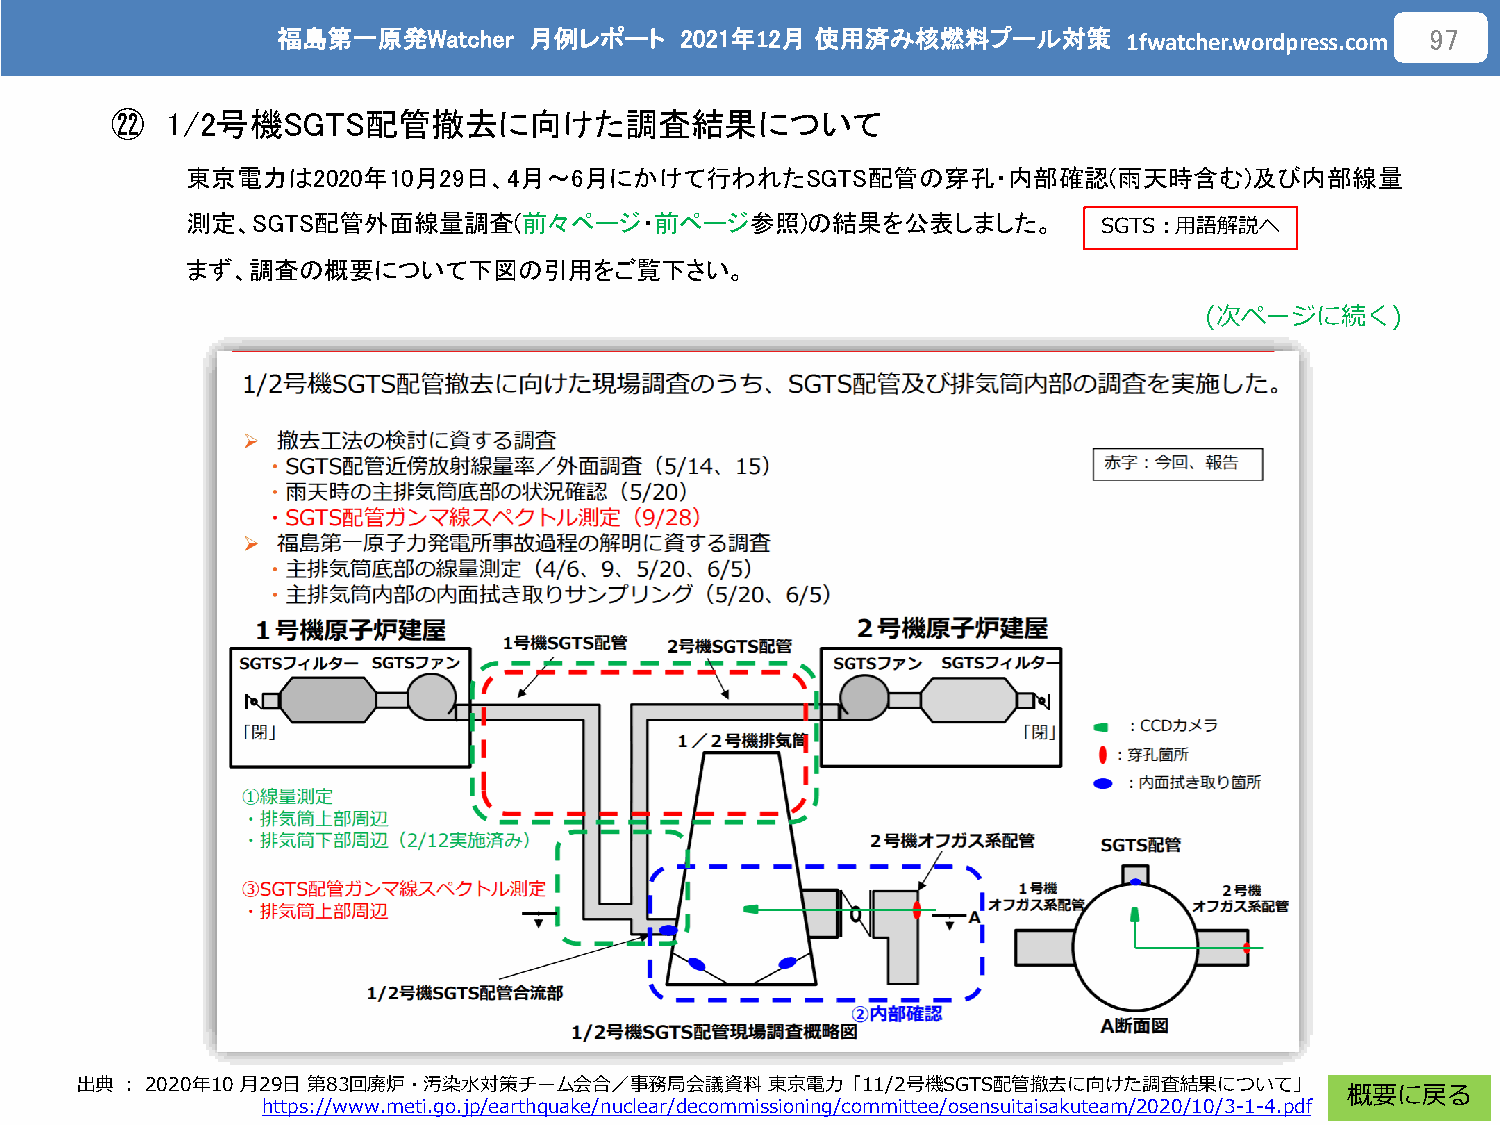
福島第一原発Watcher    月例レポート    2021年12月 使用済み核燃料プール対策
 1fwatcher.wordpress.com
 97
 ㉒   1/2号機SGTS配管撤去に向けた調査結果について
 東京電力は2020年10月29日、4月～6月にかけて行われたSGTS配管の穿孔・内部確認(雨天時含む)及び内部線量
 測定、SGTS配管外面線量調査(前々ページ・前ページ参照)の結果を公表しました。
 SGTS：用語解説へ
 まず、調査の概要について下図の引用をご覧下さい。
 (次ページに続く)
 出典：2020年10 月29日第83回廃炉・汚染水対策チーム会合／事務局会議資料      東京電力「11/2号機SGTS配管撤去に向けた調査結果について」
 概要に戻る
 https://www.meti.go.jp/earthquake/nuclear/decommissioning/committee/osensuitaisakuteam/2020/10/3-1-4.pdf